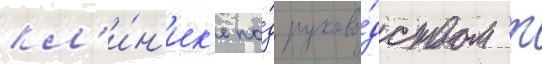
кл'и́н'ик'е по́д руково́дством т